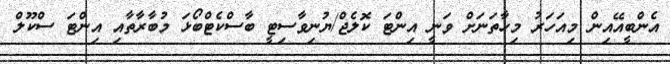
އެންބީއޭއިން މިއަހަރު މިހާތަނަށް ވަނީ އިންޓަ ކޮލެޖް/ޔުނިވާސިޓީ ބާސްކެޓްބޯޅަ މުބާރާތާއި އިންޓަ ސްކޫލް